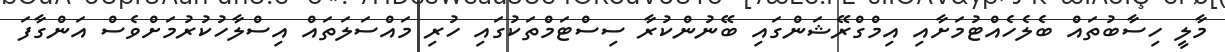
މާލީ ހިސާބުތައް ބެލެހެއްޓުމަށާއި އިމްގްރޭޝަންގައި ބޭނުންކުރާ ސިސްޓަމްތަކުގައި ހުރި މައްސަލަތައް އިސްލާހުކުރުމަށްވެސް އަންގާފަ